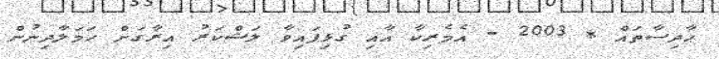
ޙާދިސާތައް * 2003 - އެމެރިކާ އާއި ގުޅިފައިވާ ލަޝްކަރު އިރާގަށް ހަމަލާދިނުން